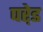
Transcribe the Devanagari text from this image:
परे़ड